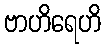
ဗာဟိရေဟိ